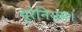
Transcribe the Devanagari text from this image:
यूरेनियम।